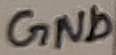
Text: GND